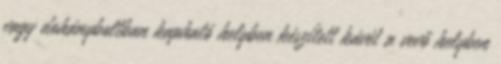
vagy dohányboltban kapható helyben készített kávét a vevő helyben